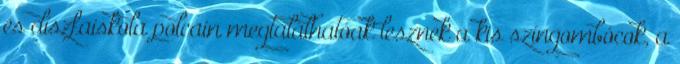
és díszfaiskola polcain megtalálhatóak lesznek a kis színgombócok, a